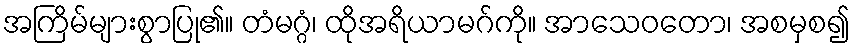
အကြိမ်များစွာပြု၏။ တံမဂ္ဂံ၊ ထိုအရိယာမဂ်ကို။ အာသေဝတော၊ အစမှစ၍